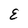
Character: E